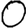
Digit: 0